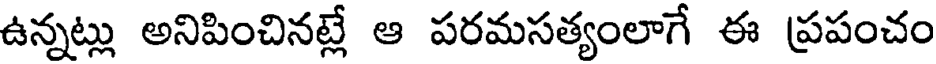
ఉన్నట్లు అనిపించినట్లే ఆ పరమసత్యంలాగే ఈ ప్రపంచం